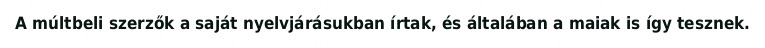
A múltbeli szerzők a saját nyelvjárásukban írtak, és általában a maiak is így tesznek.